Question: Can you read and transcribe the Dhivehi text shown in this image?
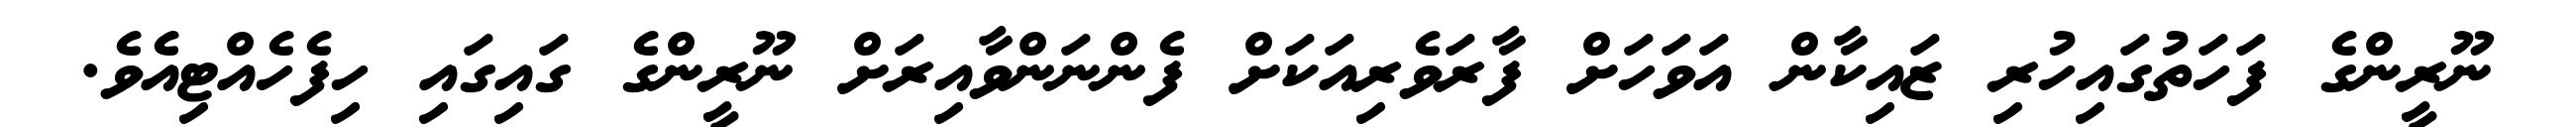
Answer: ނޫރީންގެ ފަހަތުގައިހުރި ޒައިކާން އަވަހަށް ފާރަވެރިއަކަށް ފެންނަންވާއިރަށް ނޫރީންގެ ގައިގައި ހިފެހެއްޓިއެވެ.